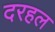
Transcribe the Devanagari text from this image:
दरहल